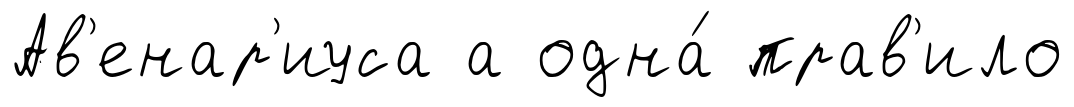
Ав'енар'иуса а одна́ прав'ило